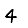
Digit: 4